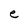
Character: e